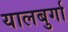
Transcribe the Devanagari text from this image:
यालबुर्गा